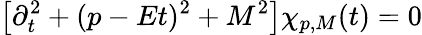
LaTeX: \left[\partial_{t}^{2}+(p-Et)^{2}+M^{2}\right]\chi_{p,M}(t)=0